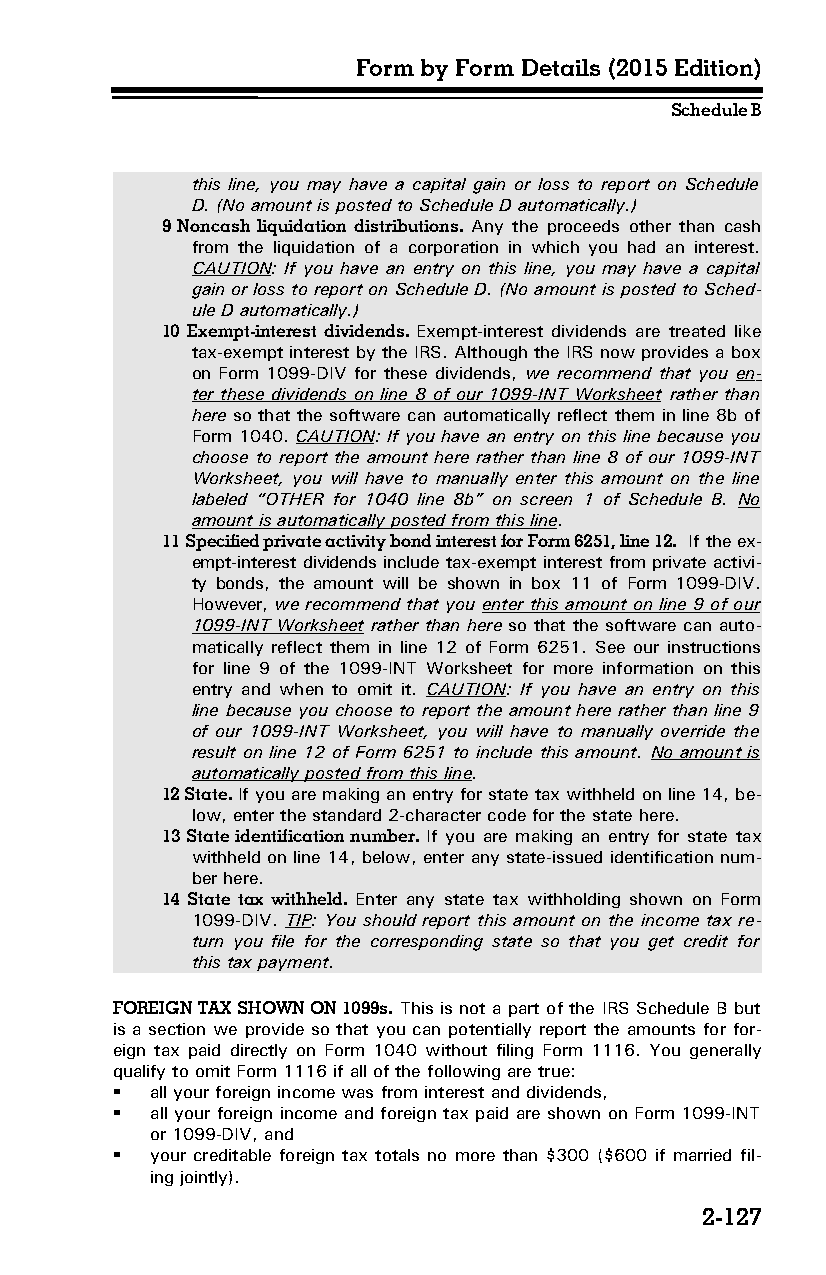
Form by Form Details (2015 Edition)
 Schedule B
 this line, you may have a capital gain or loss to report on Schedule
 D. (No amount is posted to Schedule D automatically.)
 9 Noncash liquidation distributions. Any the proceeds other than cash
 from the liquidation of a corporation in which you had an interest.
 CAUTION: If you have an entry on this line, you may have a capital
 gain or loss to report on Schedule D. (No amount is posted to Sched­
 ule D automatically.)
 10 Exempt-interest dividends. Exempt-interest dividends are treated like
 tax-exempt interest by the IRS. Although the IRS now provides a box
 on Form 1099-DIV for these dividends, we recommend that you en­
 ter these dividends on line 8 of our 1099-INT Worksheet rather than
 here so that the software can automatically reflect them in line 8b of
 Form 1040. CAUTION: If you have an entry on this line because you
 choose to report the amount here rather than line 8 of our 1099-INT
 Worksheet, you will have to manually enter this amount on the line
 labeled “OTHER for 1040 line 8b” on screen 1 of Schedule B. No
 amount is automatically posted from this line.
 11 Specified private activity bond interest for Form 6251, line 12. If the ex­
 empt-interest dividends include tax-exempt interest from private activi­
 ty bonds, the amount will be shown in box 11 of Form 1099-DIV.
 However, we recommend that you enter this amount on line 9 of our
 1099-INT Worksheet rather than here so that the software can auto­
 matically reflect them in line 12 of Form 6251. See our instructions
 for line 9 of the 1099-INT Worksheet for more information on this
 entry and when to omit it. CAUTION: If you have an entry on this
 line because you choose to report the amount here rather than line 9
 of our 1099-INT Worksheet, you will have to manually override the
 result on line 12 of Form 6251 to include this amount. No amount is
 automatically posted from this line.
 12 State. If you are making an entry for state tax withheld on line 14, be­
 low, enter the standard 2-character code for the state here.
 13 State identification number. If you are making an entry for state tax
 withheld on line 14, below, enter any state-issued identification num­
 ber here.
 14 State tax withheld. Enter any state tax withholding shown on Form
 1099-DIV. TIP: You should report this amount on the income tax re­
 turn you file for the corresponding state so that you get credit for
 this tax payment.
 FOREIGN TAX SHOWN ON 1099s. This is not a part of the IRS Schedule B but
 is a section we provide so that you can potentially report the amounts for for­
 eign tax paid directly on Form 1040 without filing Form 1116. You generally
 qualify to omit Form 1116 if all of the following are true:
   all your foreign income was from interest and dividends,
   all your foreign income and foreign tax paid are shown on Form 1099-INT
 or 1099-DIV, and
   your creditable foreign tax totals no more than $300 ($600 if married fil­
 ing jointly).
 2-127